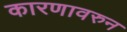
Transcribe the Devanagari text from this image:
कारणावरुन